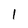
Character: 1